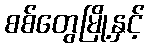
စစ်တွေမြို့နှင့်